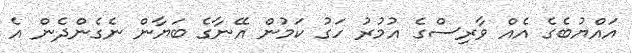
އައްޔުބެގެ އެއް ވާރިސްގެ އުމުރު ހަގު ކަމުން އޭނާގެ ބަޔާން ނެގެންދެން އެ